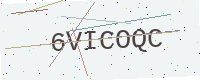
Text: 6VICOQC